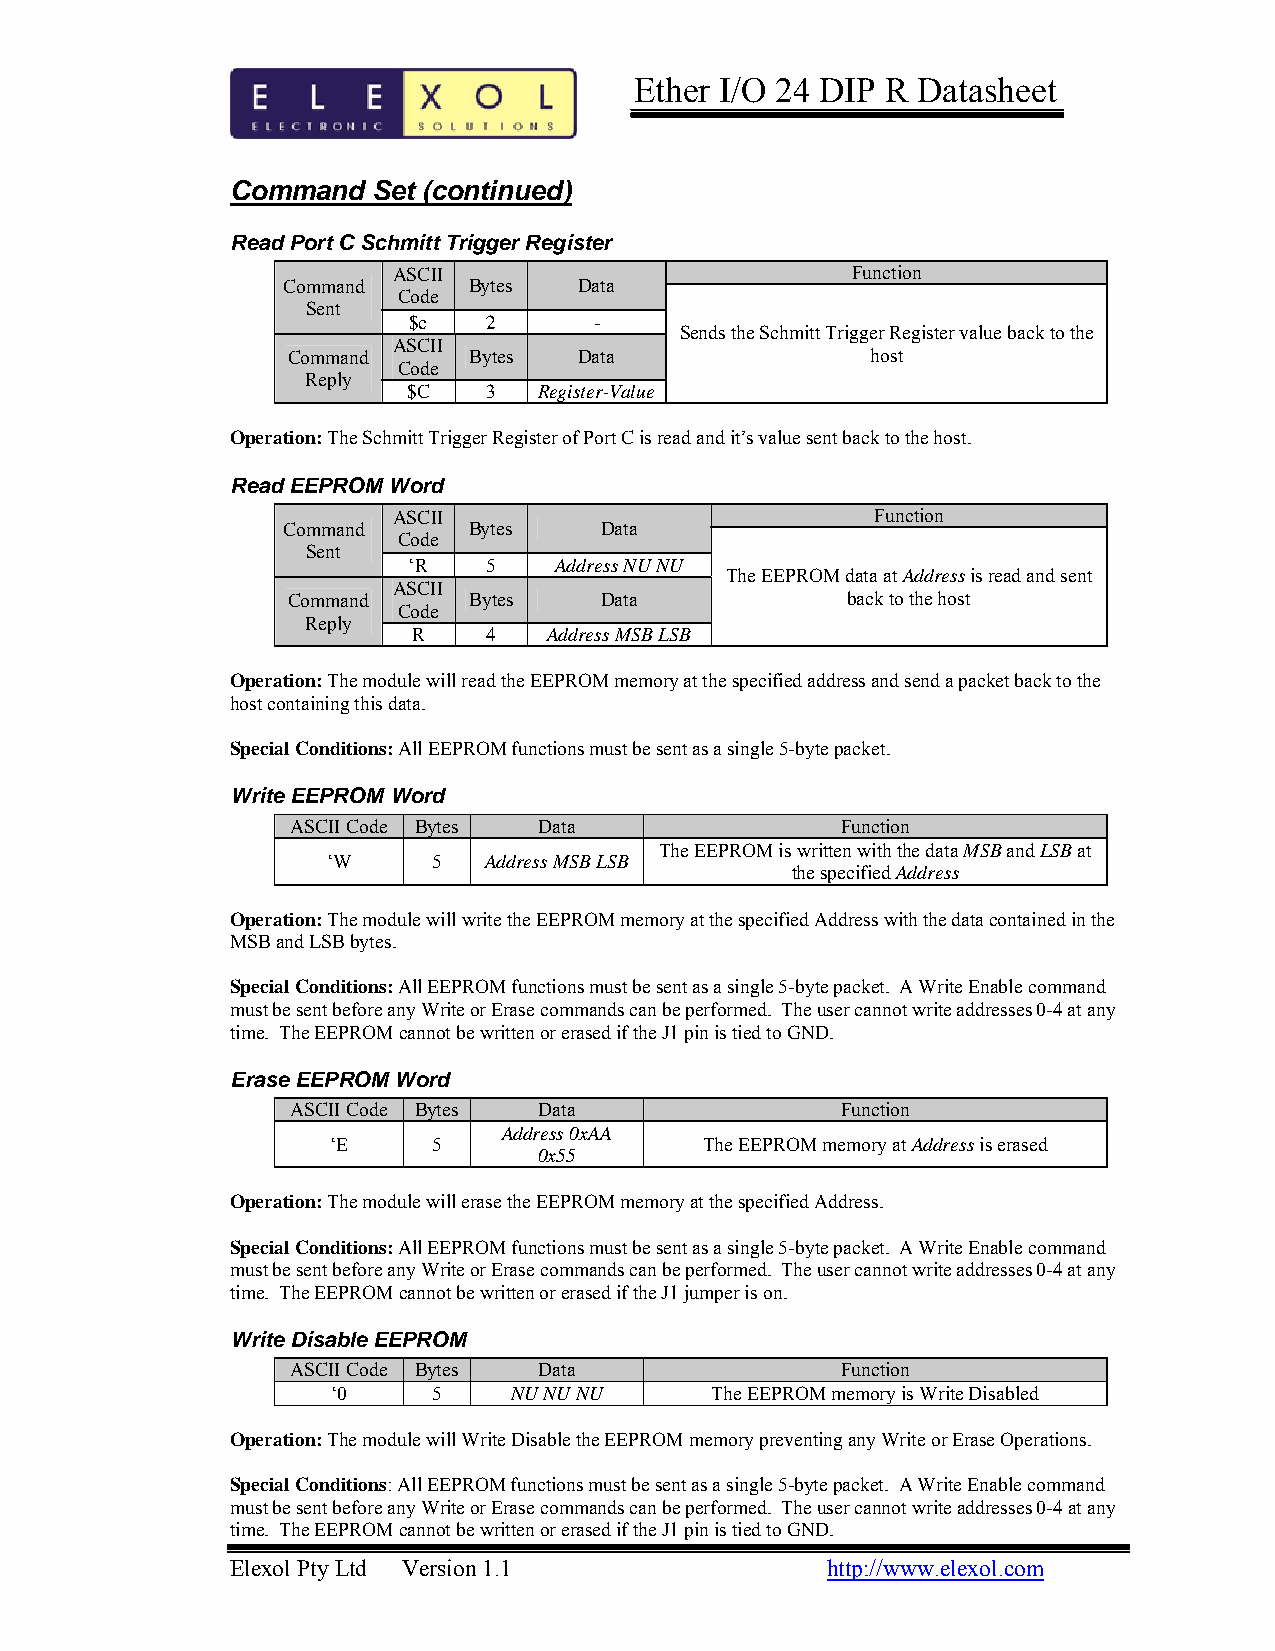
Ether I/O 24 DIP R Datasheet
 Command   Set (continued)
 Read Port C Schmitt Trigger Register
 ASCII                         Function
 Command     Bytes  Data
 Code
 Sent
 $c   2      -
 Sends the Schmitt Trigger Register value back to the
 ASCII
 Command     Bytes  Data                host
 Code
 Reply
 $C   3   Register-Value
 Operation: The Schmitt Trigger Register of Port C is read and it’s value sent back to the host.
 Read EEPROM Word
 ASCII                           Function
 Command     Bytes    Data
 Code
 Sent
 ‘R   5    Address NU NU
 The EEPROM data at Address is read and sent
 ASCII
 Command     Bytes    Data            back to the host
 Code
 Reply
 R    4   Address MSB LSB
 Operation: The module will read the EEPROM memory at the specified address and send a packet back to the
 host containing this data.
 Special Conditions: All EEPROM functions must be sent as a single 5-byte packet.
 Write EEPROM Word
 ASCII Code Bytes Data                Function
 The EEPROM is written with the data MSB and LSB at
 ‘W     5  Address MSB LSB
 the specified Address
 Operation: The module will write the EEPROM memory at the specified Address with the data contained in the
 MSB and LSB bytes.
 Special Conditions: All EEPROM functions must be sent as a single 5-byte packet. A Write Enable command
 must be sent before any Write or Erase commands can be performed. The user cannot write addresses 0-4 at any
 time. The EEPROM cannot be written or erased if the J1 pin is tied to GND.
 Erase EEPROM Word
 ASCII Code Bytes Data                Function
 Address 0xAA
 ‘E     5                 The EEPROM memory at Address is erased
 0x55
 Operation: The module will erase the EEPROM memory at the specified Address.
 Special Conditions: All EEPROM functions must be sent as a single 5-byte packet. A Write Enable command
 must be sent before any Write or Erase commands can be performed. The user cannot write addresses 0-4 at any
 time. The EEPROM cannot be written or erased if the J1 jumper is on.
 Write Disable EEPROM
 ASCII Code Bytes Data                Function
 ‘0     5    NU NU NU     The EEPROM memory is Write Disabled
 Operation: The module will Write Disable the EEPROM memory preventing any Write or Erase Operations.
 Special Conditions: All EEPROM functions must be sent as a single 5-byte packet. A Write Enable command
 must be sent before any Write or Erase commands can be performed. The user cannot write addresses 0-4 at any
 time. The EEPROM cannot be written or erased if the J1 pin is tied to GND.
 Elexol Pty Ltd Version 1.1              http://www.elexol.com